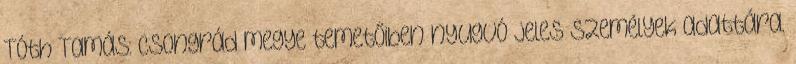
Tóth Tamás: Csongrád megye temetőiben nyugvó jeles személyek adattára.